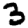
Digit: 3